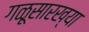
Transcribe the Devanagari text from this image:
गळूसारख्या